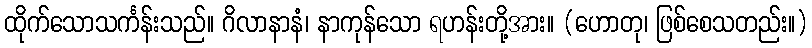
ထိုက်သောသင်္ကန်းသည်။ ဂိလာနာနံ၊ နာကုန်သော ရဟန်းတို့အား။ (ဟောတု၊ ဖြစ်စေသတည်း။)